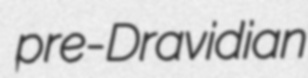
pre-Dravidian